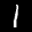
Label: 1